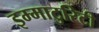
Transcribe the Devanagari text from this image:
इम्माटुरिटी